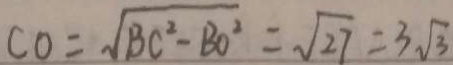
C O = \sqrt { B C ^ { 2 } - B O ^ { 2 } } = \sqrt { 2 7 } = 3 \sqrt { 3 }